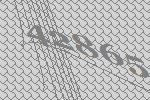
42865